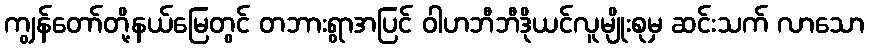
ကျွန်တော်တို့နယ်မြေတွင် တဘားရွာအပြင် ဝါဟဘီဘီဒိုယင်လူမျိုးစုမှ ဆင်းသက် လာသော